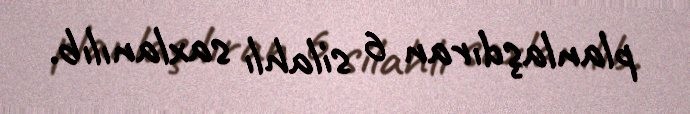
planlaşdıran 6 silahlı saxlanılıb.